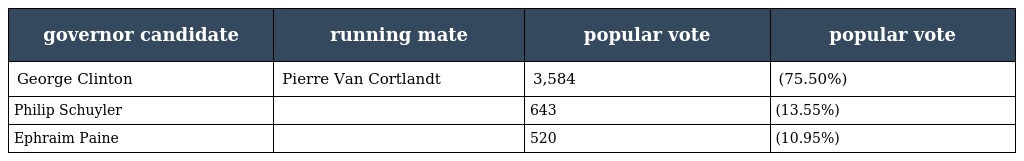
| governor candidate | running mate | popular vote | popular vote |
 | --- | --- | --- | --- |
 | George Clinton | Pierre Van Cortlandt | 3,584 | (75.50%) |
 | Philip Schuyler |  | 643 | (13.55%) |
 | Ephraim Paine |  | 520 | (10.95%) |